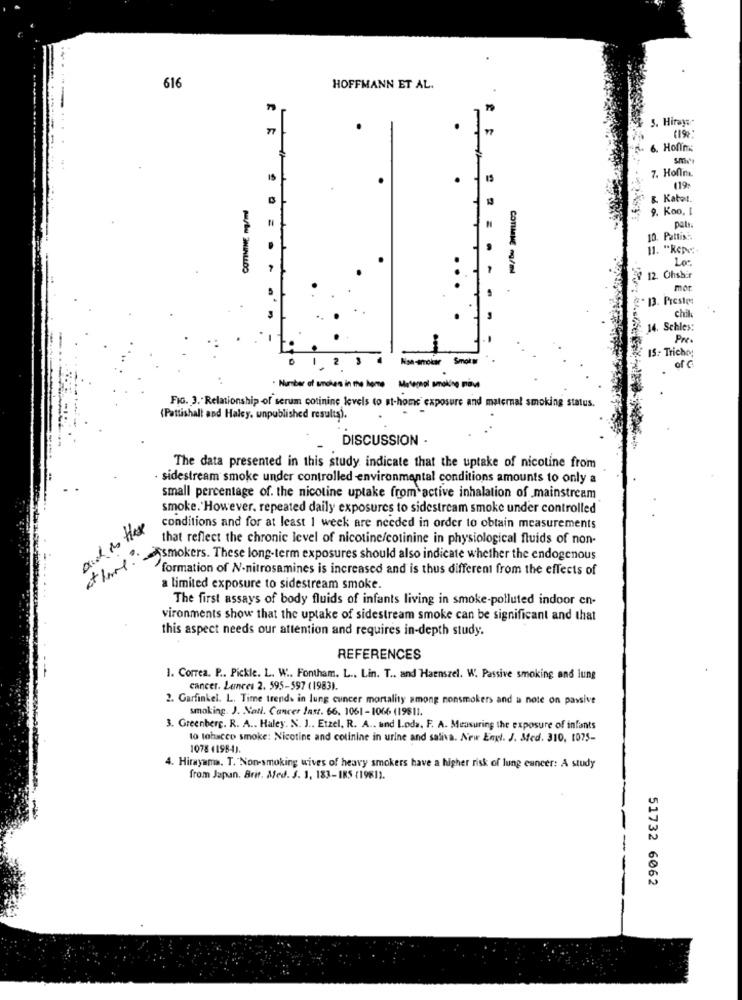
616
HOFFMANN ET AL.
5. Hiraya-
(19%
6. Honing
7. Honm.
119:
g. Kater.
9. Koo. I
. . =
10. Pattis ::
11. "Repet.
Los
12. Ohsbir
COMME mg/ml
mor
.13. Presto
chil
14. Schles:
15 .- Trichy
2
Smol
of C
. Number of undles in the home Monopol smoking prove
FIG. 3. Relationship of serum cotinine levels to st-home exposure and maternal smoking status.
(Pattishalt and Halcy, unpublished results).
DISCUSSION -
The data presented in this study indicate that the uptake of nicotine from
sidestream smoke under controlled environmental conditions amounts to only a
small percentage of. the nicotine uptake from active inhalation of mainstream
smoke. However, repeated daily exposures to sidestream smoke under controlled
and is the
conditions and for at least 1 week are needed in order to obtain measurements
that reflect the chronic level of nicotine/cotinine in physiological fluids of non-
Port. Pomokers. These long-term exposures should also indicate whether the endogenous
formation of N-nitrosamines is increased and is thus different from the effects of
a limited exposure to sidestream smoke.
The first assays of body fluids of infants living in smoke-polluted indoor en-
vironments show that the uptake of sidestream smoke can be significant and that
this aspect needs our attention and requires in-depth study.
REFERENCES
1. Correa. P .. Pickle. L. W .. Fontham. L ., Lin. T .. and Haenszel. W. Passive smoking and lung
cancer. Lunees 2. 595-597 (1983).
2. Garfinkel. L. Time trends in lung cuncer mortality among nonsmokers and a note on passive
smoking. J. Nati. Cancer Inst. 66. 1061 -1066 (19611.
3. Greenberg. R. A .. Haley. N. J .. Etzel, R. A .. and Loda, F. A. Measuring the exposure of infants
to tobacco smoke: Nicotine and cotinine in urine and saliva. New Engl. J. Med. 310, 1075-
1078 41984).
4. Hirayama. T. Non-smoking wives of heavy smokers have a higher risk of lung cancer: A study
from Japan. Brit. Med. 3. 1, 183-IRS (1981).
51732 6062